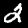
Label: 2